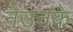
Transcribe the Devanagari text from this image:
नेउनके